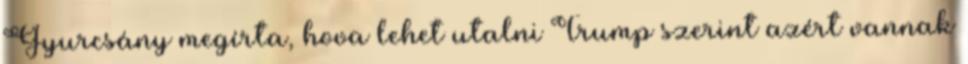
Gyurcsány megírta, hova lehet utalni Trump szerint azért vannak